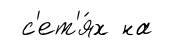
с'ет'я́х на